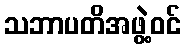
သဘာပတိအဖွဲ့ဝင်